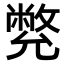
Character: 𠒳